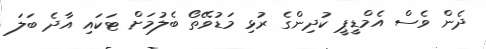
ދެން ވެސް އެމްޑީޕީ ކުދިންގެ ރުޅި މަޑުވޭތޯ ބެލުމަށް ޓަކައި އާދެ ބަލަ